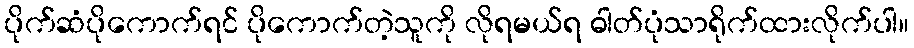
ပိုက်ဆံပိုကောက်ရင် ပိုကောက်တဲ့သူကို လိုရမယ်ရ ဓါတ်ပုံသာရိုက်ထားလိုက်ပါ။